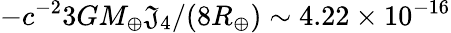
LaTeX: -c^{-2}3GM_{\oplus}\mathfrak{J}_{4}/(8R_{\oplus})\sim4.22\times10^{-16}